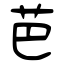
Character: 芭